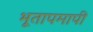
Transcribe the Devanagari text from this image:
भूतापमापी